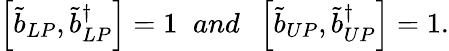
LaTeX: \begin{array}{r}{\left[\tilde{b}_{LP},\tilde{b}_{LP}^{\dagger}\right]=1\; \; and\; \; \left[\tilde{b}_{UP},\tilde{b}_{UP}^{\dagger}\right]=1.}\end{array}